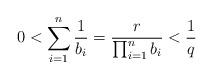
LaTeX: \begin{align*}0 < \sum_{i=1}^n \frac{1}{b_i}= \frac{r}{\prod_{i=1}^nb_i} < \frac{1}{q} \end{align*}